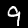
Digit: 9